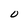
Character: O